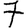
Digit: 7